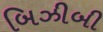
બિઝીબી